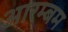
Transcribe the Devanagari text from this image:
आरम्बम